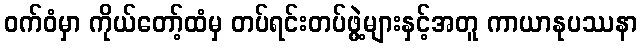
ဝက်ဝံမှာ ကိုယ်တော့်ထံမှ တပ်ရင်းတပ်ဖွဲ့များနှင့်အတူ ကာယာနုပဿနာ